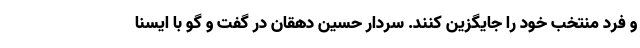
و فرد منتخب خود را جایگزین کنند. سردار حسین دهقان در گفت و گو با ایسنا